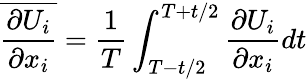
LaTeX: \overline{{\frac{\partial U_{i}}{\partial x_{i}}}}={\frac{1}{T}}\int_{T-t/2}^{T+t/2}{\frac{\partial U_{i}}{\partial x_{i}}}dt